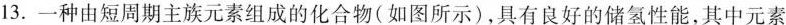
13.一种由短周期主族元素组成的化合物(如图所示)，具有良好的储氢性能，其中元素